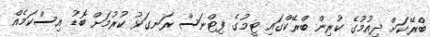
ބްރޭކަށް ދިއުމުގެ ކުރިން ބްރޭކްގައި ޓީމުގެ ފިޓްނަސް ރަނގަޅު ކުރުމަށް ބޮޑު އިސްކަމެއް